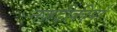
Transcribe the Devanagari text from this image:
नजदीकीयाँ